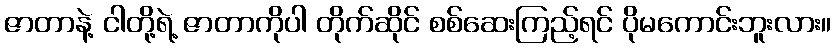
ဇာတာနဲ့ ငါတို့ရဲ့ ဇာတာကိုပါ တိုက်ဆိုင် စစ်ဆေးကြည့်ရင် ပိုမကောင်းဘူးလား။